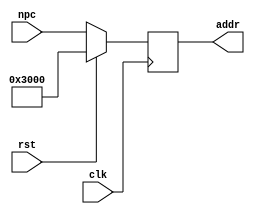
`timescale 1ns / 1ps
//////////////////////////////////////////////////////////////////////////////////
// Company: 
// Engineer: 
// 
// Design Name: 
// Module Name: pc
// Project Name: 
// Target Devices: 
// Tool Versions: 
// Description: 
// 
// Dependencies: 
// 
// Revision:
// Revision 0.01 - File Created
// Additional Comments:
// 
//////////////////////////////////////////////////////////////////////////////////


module pc( input clk,
           input rst,
           input [31:0]npc,
           output reg[31:0]addr);
           always @(posedge clk )
           begin 
               if(rst)
                    addr <= 32'b11_0000_0000_0000;
               else 
                    addr <= npc;
           end
           
endmodule